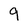
Character: 9